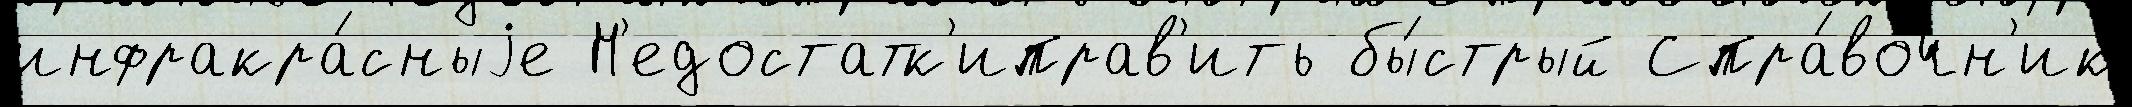
инфракра́сныjе Н'едостатк'иправ'ить бы́стрый Спра́вочн'ик